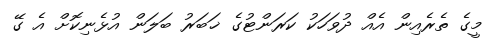
މީގެ ތެރެއިން އެއް ދުވަހަކު ކަރަންޓުގެ ޚަބަރު ބަލަން އުޅެނިކޮށް އެ ގޭ